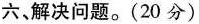
六、解决问题。(20分)